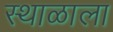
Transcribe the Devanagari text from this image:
स्थाळाला